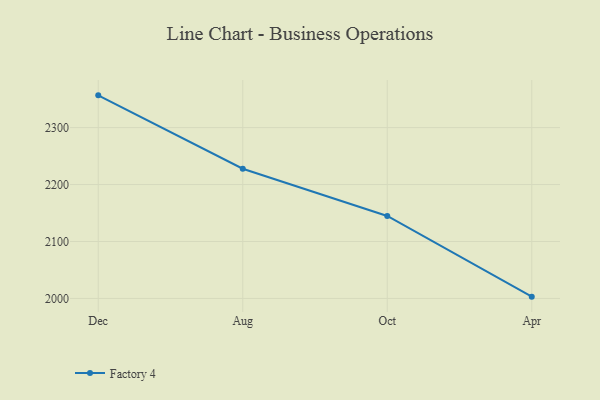
{"axis": {"x": "Month", "y": "Net Income (USD K)"}, "legend": ["Factory 4"], "data": [{"x": "Dec", "y": 2356.6, "type": "Factory 4"}, {"x": "Aug", "y": 2227.8, "type": "Factory 4"}, {"x": "Oct", "y": 2144.9, "type": "Factory 4"}, {"x": "Apr", "y": 2003.2, "type": "Factory 4"}]}